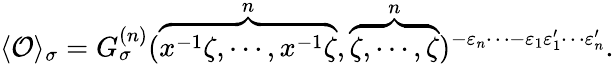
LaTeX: \langle{\cal O}\rangle_{\sigma}=G_{\sigma}^{(n)}(\overbrace{x^{-1}\zeta,\cdots,x^{-1}\zeta}^{n},\overbrace{\zeta,\cdots,\zeta}^{n})^{-\varepsilon_{n}\cdots-\varepsilon_{1}\varepsilon_{1}^{\prime}\cdots\varepsilon_{n}^{\prime}}.